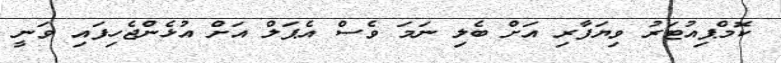
ކޮމްޕިއުޓަރު ވިޔަފާރި އަށް ބެލި ނަމަ ވެސް އެޕަލް އަށް އުޅެންޖެހިފައި ވަނީ